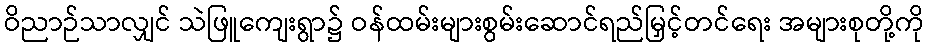
ဝိညာဉ်သာလျှင် သဲဖြူကျေးရွာ၌ ဝန်ထမ်းများစွမ်းဆောင်ရည်မြှင့်တင်ရေး အများစုတို့ကို